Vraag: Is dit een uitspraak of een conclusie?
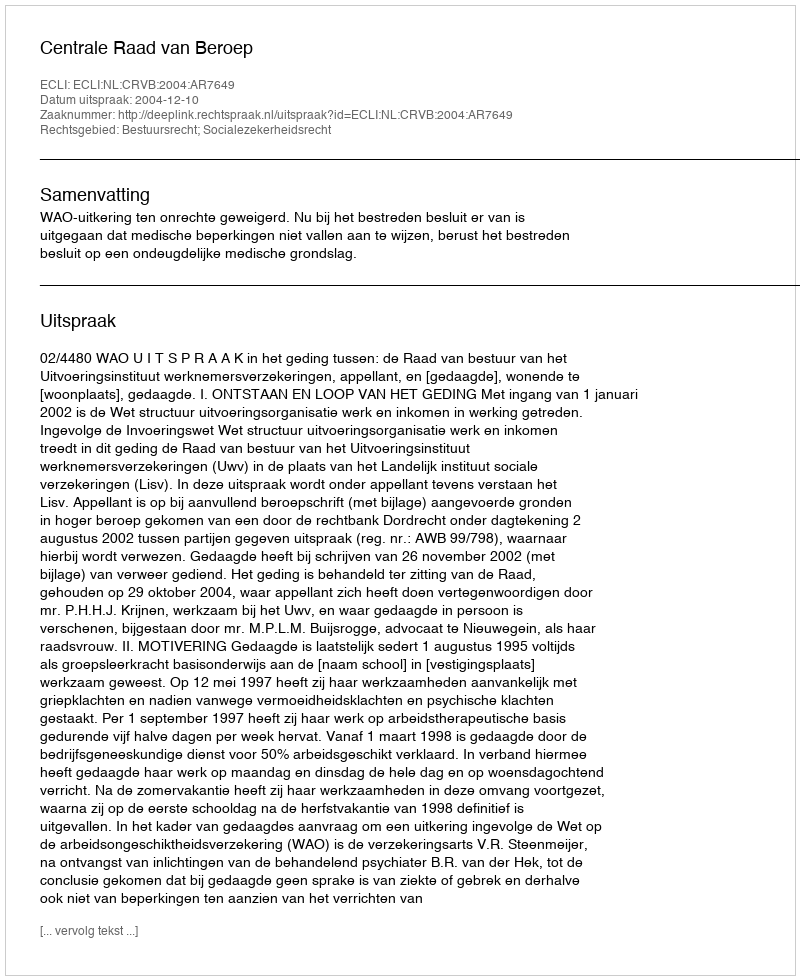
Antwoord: Uitspraak